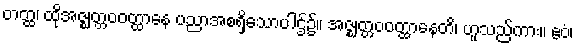
တတ္ထ၊ ထိုအဇ္ဈတ္တဝဝတ္ထာနေ ပညာအစရှိသောပါဌ်၌။ အဇ္ဈတ္တဝဝတ္ထာနေတိ၊ ဟူသည်ကား။ ဧဝံ၊